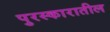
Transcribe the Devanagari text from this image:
पुरस्कारातील